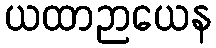
ယထာဉာယေန